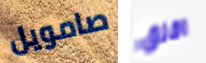
صامويل اقلق